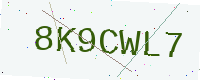
Text: 8K9CWL7